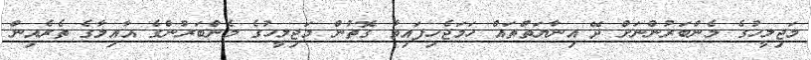
މަޖިލީހުގެ މެންބަރުންނަށް ދޭ އިނާޔަތްތައް ހަމަޖެހިފައިވާ ގޮތުން މަޖިލީހުގެ މެންބަރުންގެ އާއިލާގެ ތެރެއިން